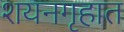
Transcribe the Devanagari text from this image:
शयनगृहात